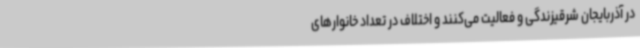
در آذربایجان شرقیزندگی و فعالیت می‌کنند و اختلاف در تعداد خانوارهای